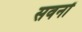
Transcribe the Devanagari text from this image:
सवनों